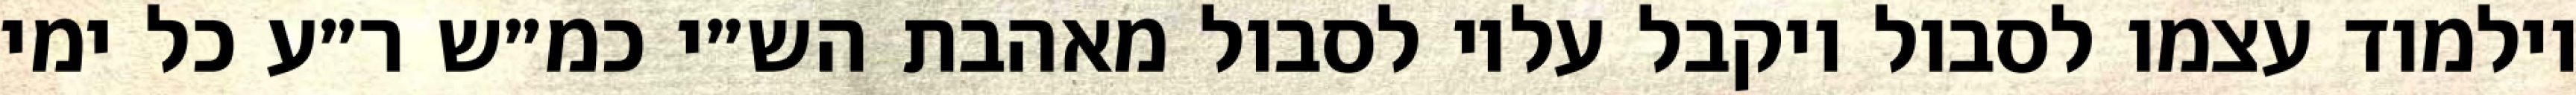
וילמוד עצמו לסבול ויקבל עליו לסבול מאהבת הש״י כמ״ש ר״ע כל ימי